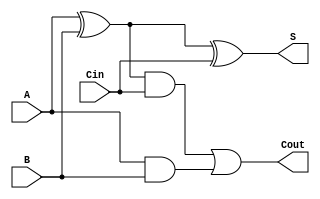
module full_adder(A,B,Cin,S,Cout);

input signed A,B,Cin;
output signed S,Cout;
wire t1,t2,t3;

xor G0(t1,A,B);
xor G1(S,t1,Cin);
and G2(t2,t1,Cin);
and G3(t3,A,B);
or G4(Cout,t2,t3);

endmodule